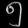
Digit: ၅